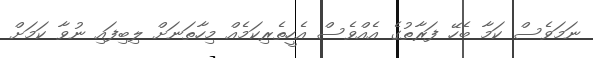
ނަމަވެސް ކަމާ ބެހޭ ފަރާތުގެ އެއްވެސް އެހީތެރިކަމެއް މިހާތަނަށް ލިބިފައި ނުވާ ކަމަށް